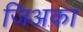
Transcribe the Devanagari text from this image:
जिअका